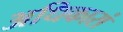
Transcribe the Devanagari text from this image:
अधिकारां